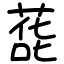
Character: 蒊